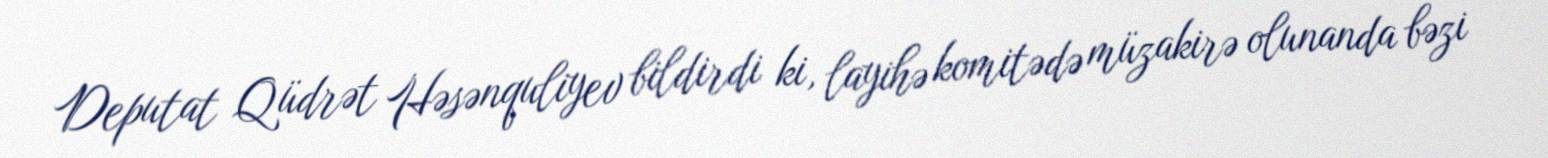
Deputat Qüdrət Həsənquliyev bildirdi ki, layihə komitədə müzakirə olunanda bəzi